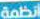
أنظمة